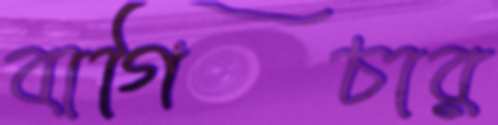
বাগিচার